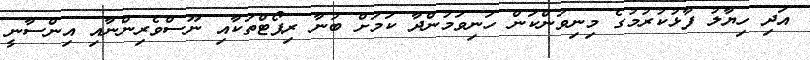
އަދި ހިޔާލު ފާޅުކުރުމުގެ މިނިވަންކަން ހަނިވަމުންދާ ކަމަށް ބުނާ ރިޕޯޓްތަކާއި ނޫސްވެރިންނާއި އިންސާނީ